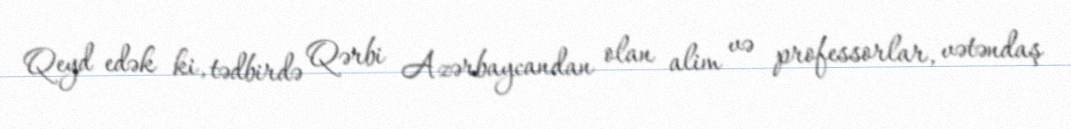
Qeyd edək ki, tədbirdə Qərbi Azərbaycandan olan alim və professorlar, vətəndaş